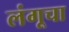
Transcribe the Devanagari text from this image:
लंगूचा